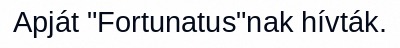
Apját "Fortunatus"nak hívták.